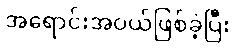
အရောင်းအဝယ်ဖြစ်ခဲ့ပြီး